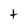
Character: t